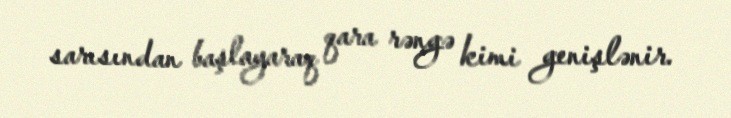
sarısından başlayaraq qara rəngə kimi genişlənir.